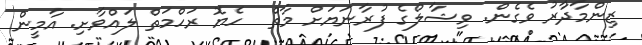
ޒިންމާދާުރު ވެގެން. ވިޝާލްގެ ފުރާނަޔަށް މާތް  ހެޔޮ ރަހްމަތް ލައްވާށި. އާމީން